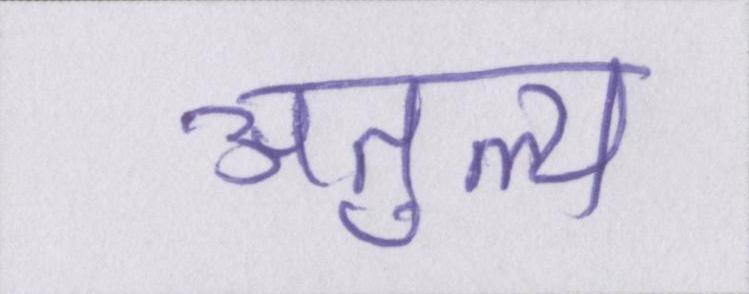
अतुल्य